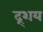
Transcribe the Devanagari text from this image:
द्र्शय